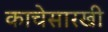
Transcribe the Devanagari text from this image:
काचेसारखी